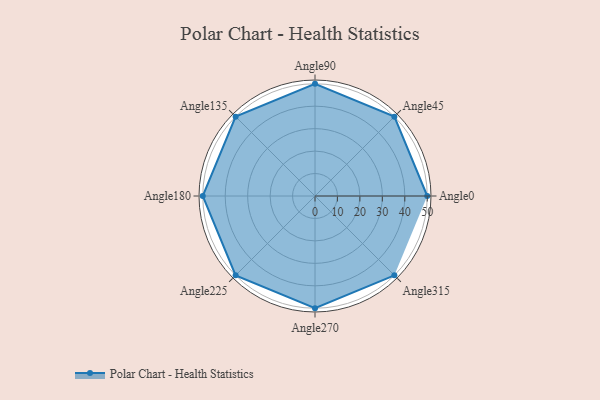
{"axis": {"x": "Angle", "y": "Radius"}, "legend": [""], "data": [{"x": "Angle0", "y": 50, "type": ""}, {"x": "Angle45", "y": 50, "type": ""}, {"x": "Angle90", "y": 50, "type": ""}, {"x": "Angle135", "y": 50, "type": ""}, {"x": "Angle180", "y": 50, "type": ""}, {"x": "Angle225", "y": 50, "type": ""}, {"x": "Angle270", "y": 50, "type": ""}, {"x": "Angle315", "y": 50, "type": ""}]}